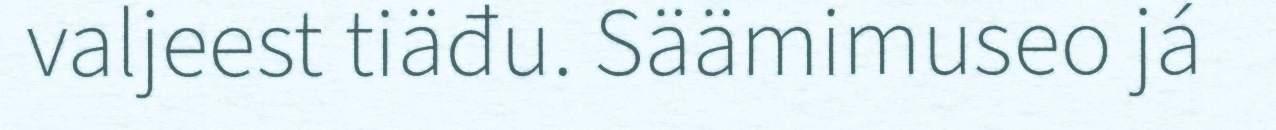
valjeest tiäđu. Säämimuseo já